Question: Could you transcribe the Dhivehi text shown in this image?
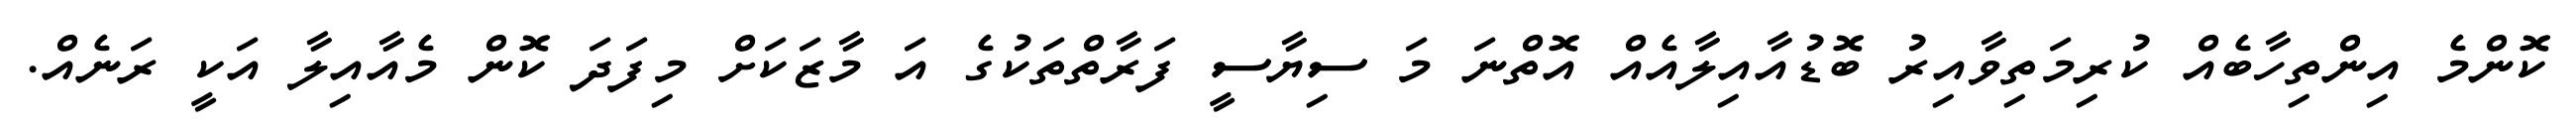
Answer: ކޮންމެ އިންތިހާބެއް ކުރިމަތިވާއިރު ބޮޑުއާއިލާއެއް އޮތްނަ މަ ސިޔާސީ ފަރާތްތަކުގެ އަ މާޒަކަށް މިފަދަ ކޮން މެއާއިލާ އަކީ ރަނެއް.